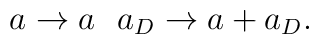
a \rightarrow a \> \> \> a_{D} \rightarrow a + a_{D}.